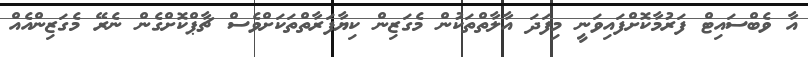
އާ ވެބްސައިޓް ފަރުމާކޮށްފައިވަނީ މިފަދަ އާލާތްތަކުން މެގަޒިން ކިޔާފަރާތްތަކަށްވެސް ޗާޕްކޮށްގެން ނެރޭ މެގަޒިންއެއް